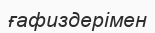
ғафиздерімен